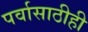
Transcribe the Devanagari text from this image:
पर्वासाठीही